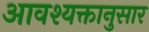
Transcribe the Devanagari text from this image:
आवश्यक्तानुसार